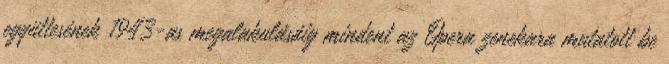
együttesének 1943-as megalakulásáig mindent az Opera zenekara mutatott be